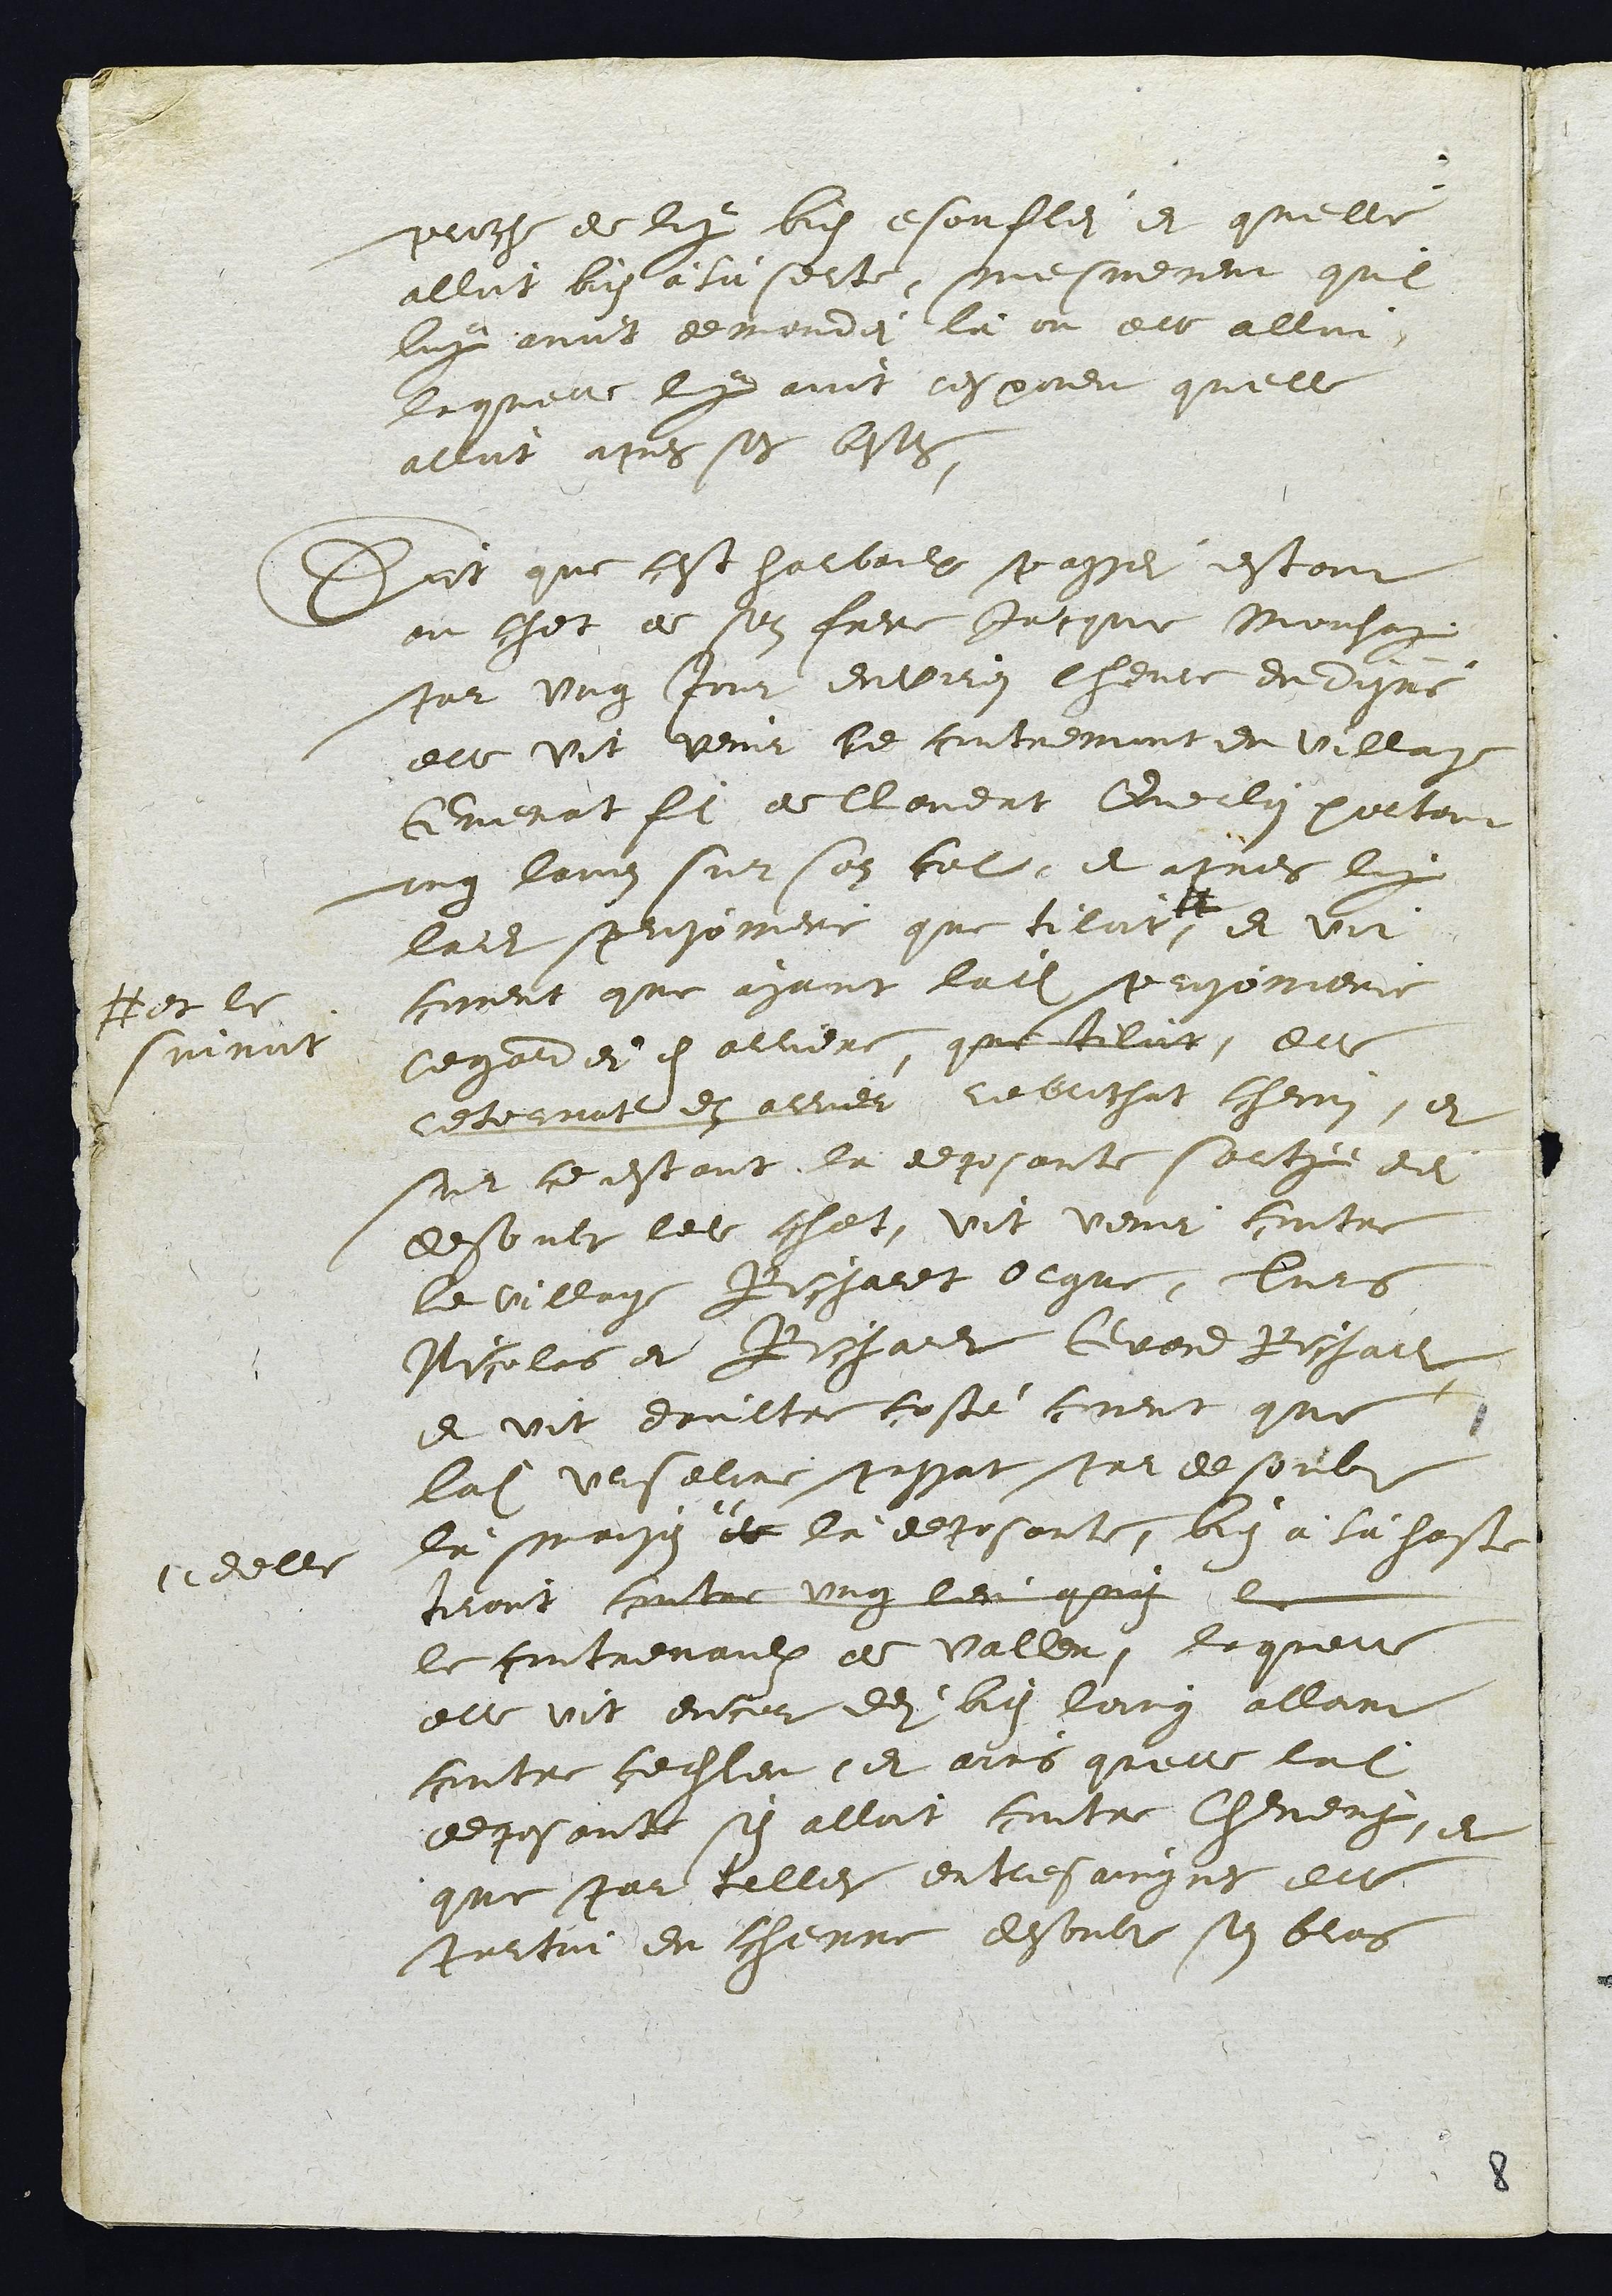
proche de luy bien esouflei et qu'elle
alloit bien à là sorte, mesmement qu'il
luy avoit demandei là ou elle alloit
laquelle luy avoit respondu quelle
alloit apres ses bestes.
Dict que cest harbaulx passei estant
au chet de son frere Jacque Mouhay
par ung Jour environ lheure du disné
elle vit venir Le contremont du village
Guenat fils de Claudat Querlain portant
ung lavin sur son col, et apres luy
ladite prisoniere que tiloit #
# et le
suivoit
et vit
coment que ayant ladite prisoniere
regardei en arriere, que tiloit, elle
retornat en arrier rebrocha chemin, et
sur ce estant la deposante sorty dei
desoubt ledit chet, vit venir contre
le village Richardt Olgue, Turs
Nicolas et Richardt Grand Richardt
et vit d'aultre costé coment que
ladite Urseline passat par desoubs
là maison "
" delle
de là deposante, bien à là haste
tiroit contre ung lieu quy le
le contrevaulx de vallon, laquelle
elle vit encor dei bien loing allant
contre ceditlieu, et ains quelle ladite
deposante sen alloit contre Cheveney, et
que par telles entresaignes elle
portoit du chenne desoubs son bras

8